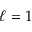
\ell = 1